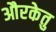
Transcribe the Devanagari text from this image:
औरकेतु